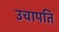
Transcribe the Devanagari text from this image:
उचापति